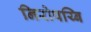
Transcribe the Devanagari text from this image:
निरोपय्बि